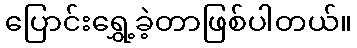
ပြောင်းရွှေ့ခဲ့တာဖြစ်ပါတယ်။